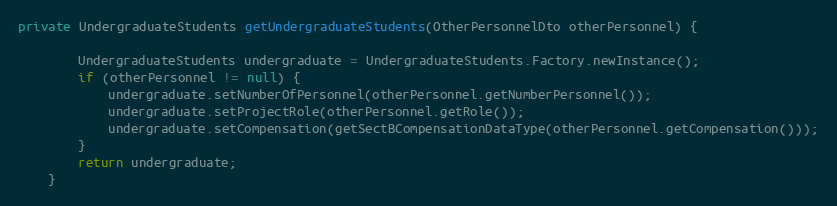
Language: Java
private UndergraduateStudents getUndergraduateStudents(OtherPersonnelDto otherPersonnel) {

        UndergraduateStudents undergraduate = UndergraduateStudents.Factory.newInstance();
        if (otherPersonnel != null) {
            undergraduate.setNumberOfPersonnel(otherPersonnel.getNumberPersonnel());
            undergraduate.setProjectRole(otherPersonnel.getRole());
            undergraduate.setCompensation(getSectBCompensationDataType(otherPersonnel.getCompensation()));
        }
        return undergraduate;
    }